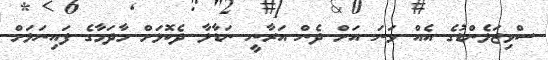
ސްވިޒަލެންޑުގެ އެއް ވަނަ އަށް ދެން އަރާނީ ނަޑާލާ ދެކޮޅަށް މާދަމާގެ ފައިނަލަށް